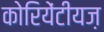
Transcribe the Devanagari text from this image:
कोरियेंटीयज़